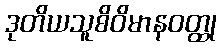
ဒုတိယသူစိဝိမာနဝတ္ထု